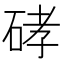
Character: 硣